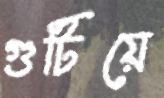
গুটিয়ে